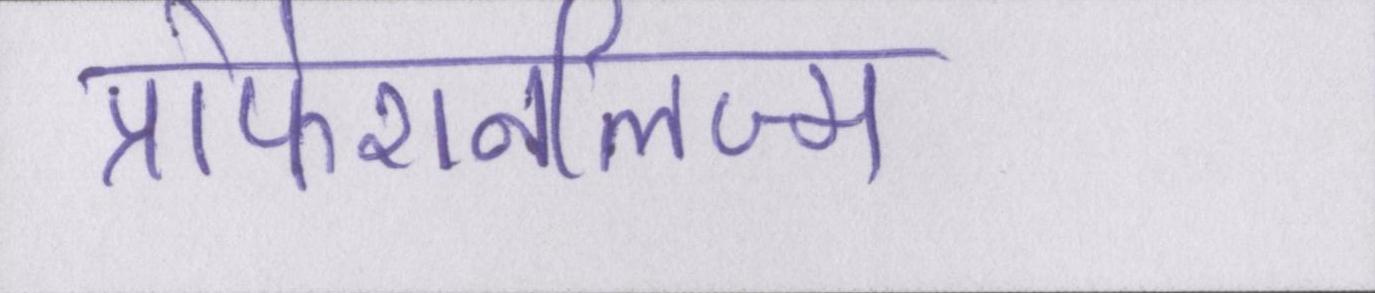
प्रोफेशनलिज्म